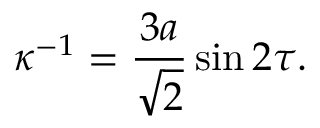
\kappa ^ { - 1 } = \frac { 3 a } { \sqrt { 2 } } \sin 2 \tau .